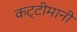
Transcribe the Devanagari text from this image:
कट्टीमानी